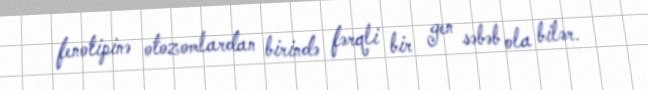
fenotipinə otozomlardan birində fərqli bir gen səbəb ola bilər.